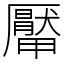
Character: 厴